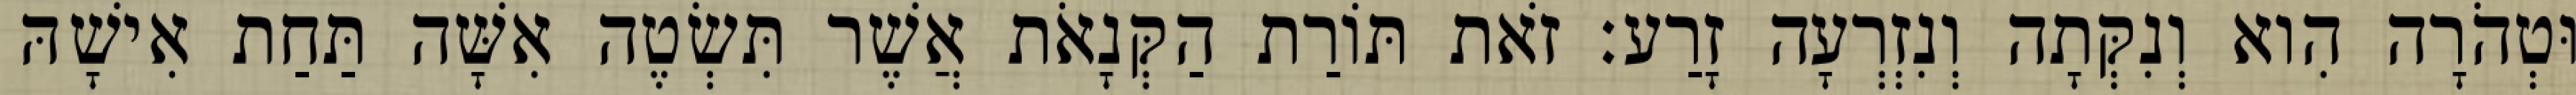
וּטְהֹרָה הִוא וְנִקְּתָה וְנִזְרְעָה זָרַע׃ זֹאת תּוֹרַת הַקְּנָאֹת אֲשֶׁר תִּשְׂטֶה אִשָּׁה תַּחַת אִישָׁהּ